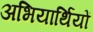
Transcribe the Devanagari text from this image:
अभियार्थियों